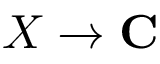
X \to \mathbf { C }